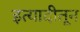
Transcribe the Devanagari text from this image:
इत्यादीतून